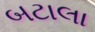
બટાલા